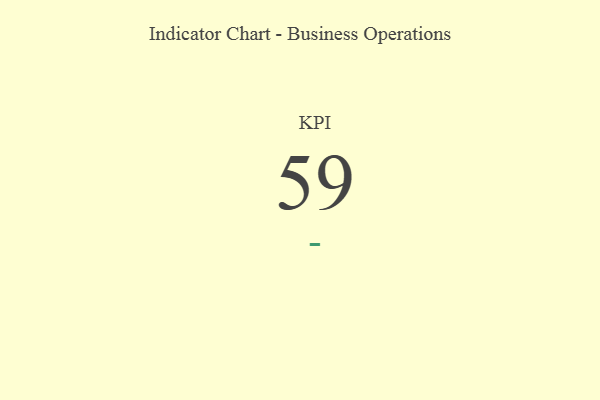
{"axis": {"x": "KPI", "y": "Value"}, "legend": [""], "data": [{"x": "KPI", "y": 59, "type": ""}]}